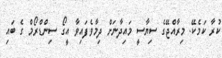
ކުރާ ކަމެކޭ. މިރާއްޖޭގެ ސިޔާސީ މައިދާނަށް ދިމާވެފައިވާ އީގޯ ސިންޑްރޯމް ގެ ބައި